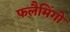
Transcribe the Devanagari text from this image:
फलैमिंगो